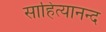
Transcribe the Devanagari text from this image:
साहित्यानन्द